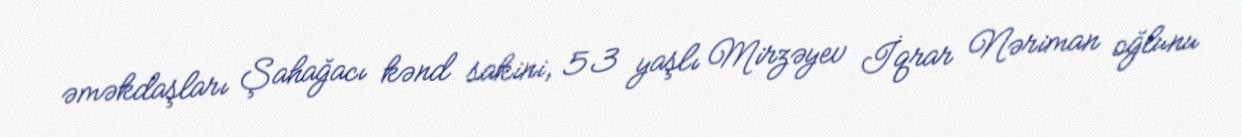
əməkdaşları Şahağacı kənd sakini, 53 yaşlı Mirzəyev İqrar Nəriman oğlunu